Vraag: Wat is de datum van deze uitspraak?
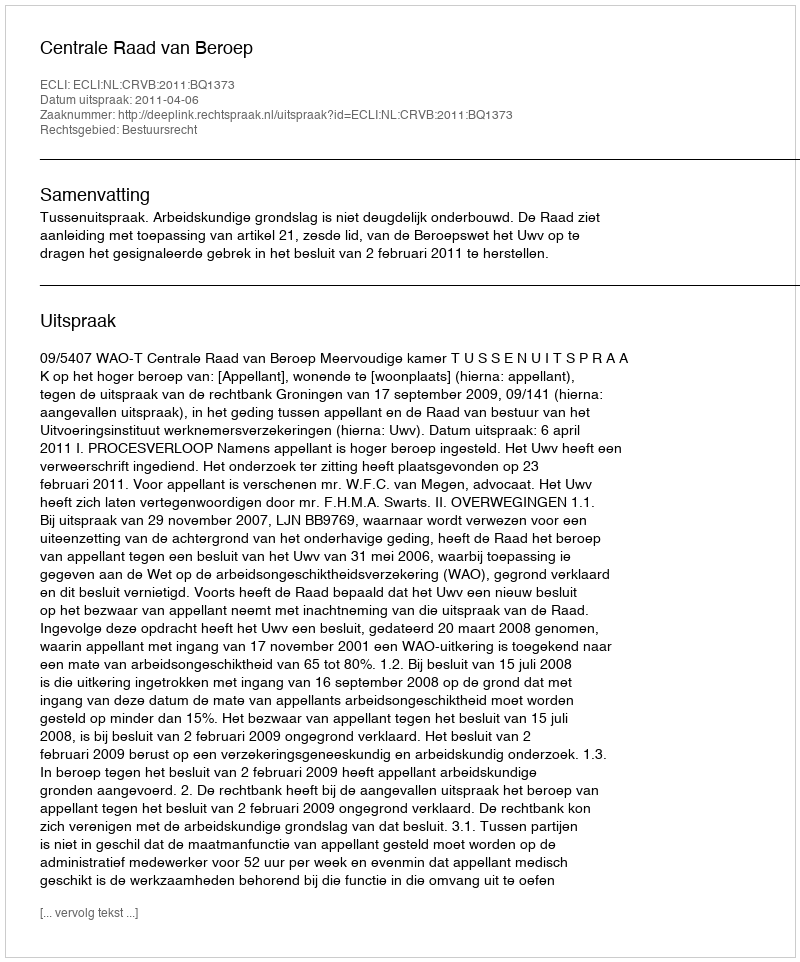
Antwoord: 2011-04-06